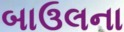
બાઉલના